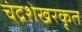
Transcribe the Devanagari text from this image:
चंद्रशेखरकृत